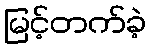
မြင့်တက်ခဲ့